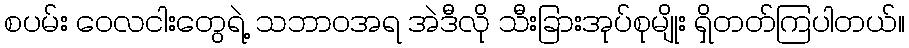
စပမ်း ဝေလငါးတွေရဲ့ သဘာဝအရ အဲဒီလို သီးခြားအုပ်စုမျိုး ရှိတတ်ကြပါတယ်။